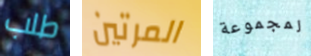
طلب المرتين لمجموعة